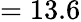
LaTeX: =13.6